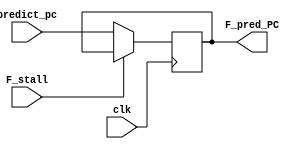
module FETCH_REG(clk,F_stall,predict_pc, F_pred_PC);

input clk;
input F_stall;
input [63:0] predict_pc;
output reg[63:0] F_pred_PC;


always @(posedge(clk)) begin
	
	if(!F_stall) begin
		F_pred_PC <= predict_pc;
	end
	
end

endmodule